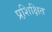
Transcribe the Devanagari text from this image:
प्रशि़क्षित